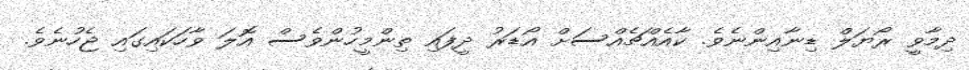
ދިމާވީ ރޯޔަލް ޑިނާއިންނެވެ. ކާއެއްޗެއްސަށް އޯޑަރު ދީފައި ތިންމީހުންވެސް އޮލަ ވާހަކައިގައި ޖެހުނެވެ.